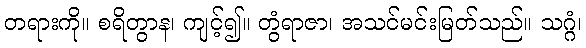
တရားကို။ စရိတွာန၊ ကျင့်၍။ တွံရာဇာ၊ အသင်မင်းမြတ်သည်။ သဂ္ဂံ၊